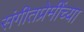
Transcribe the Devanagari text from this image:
संगीतप्रेमींच्या